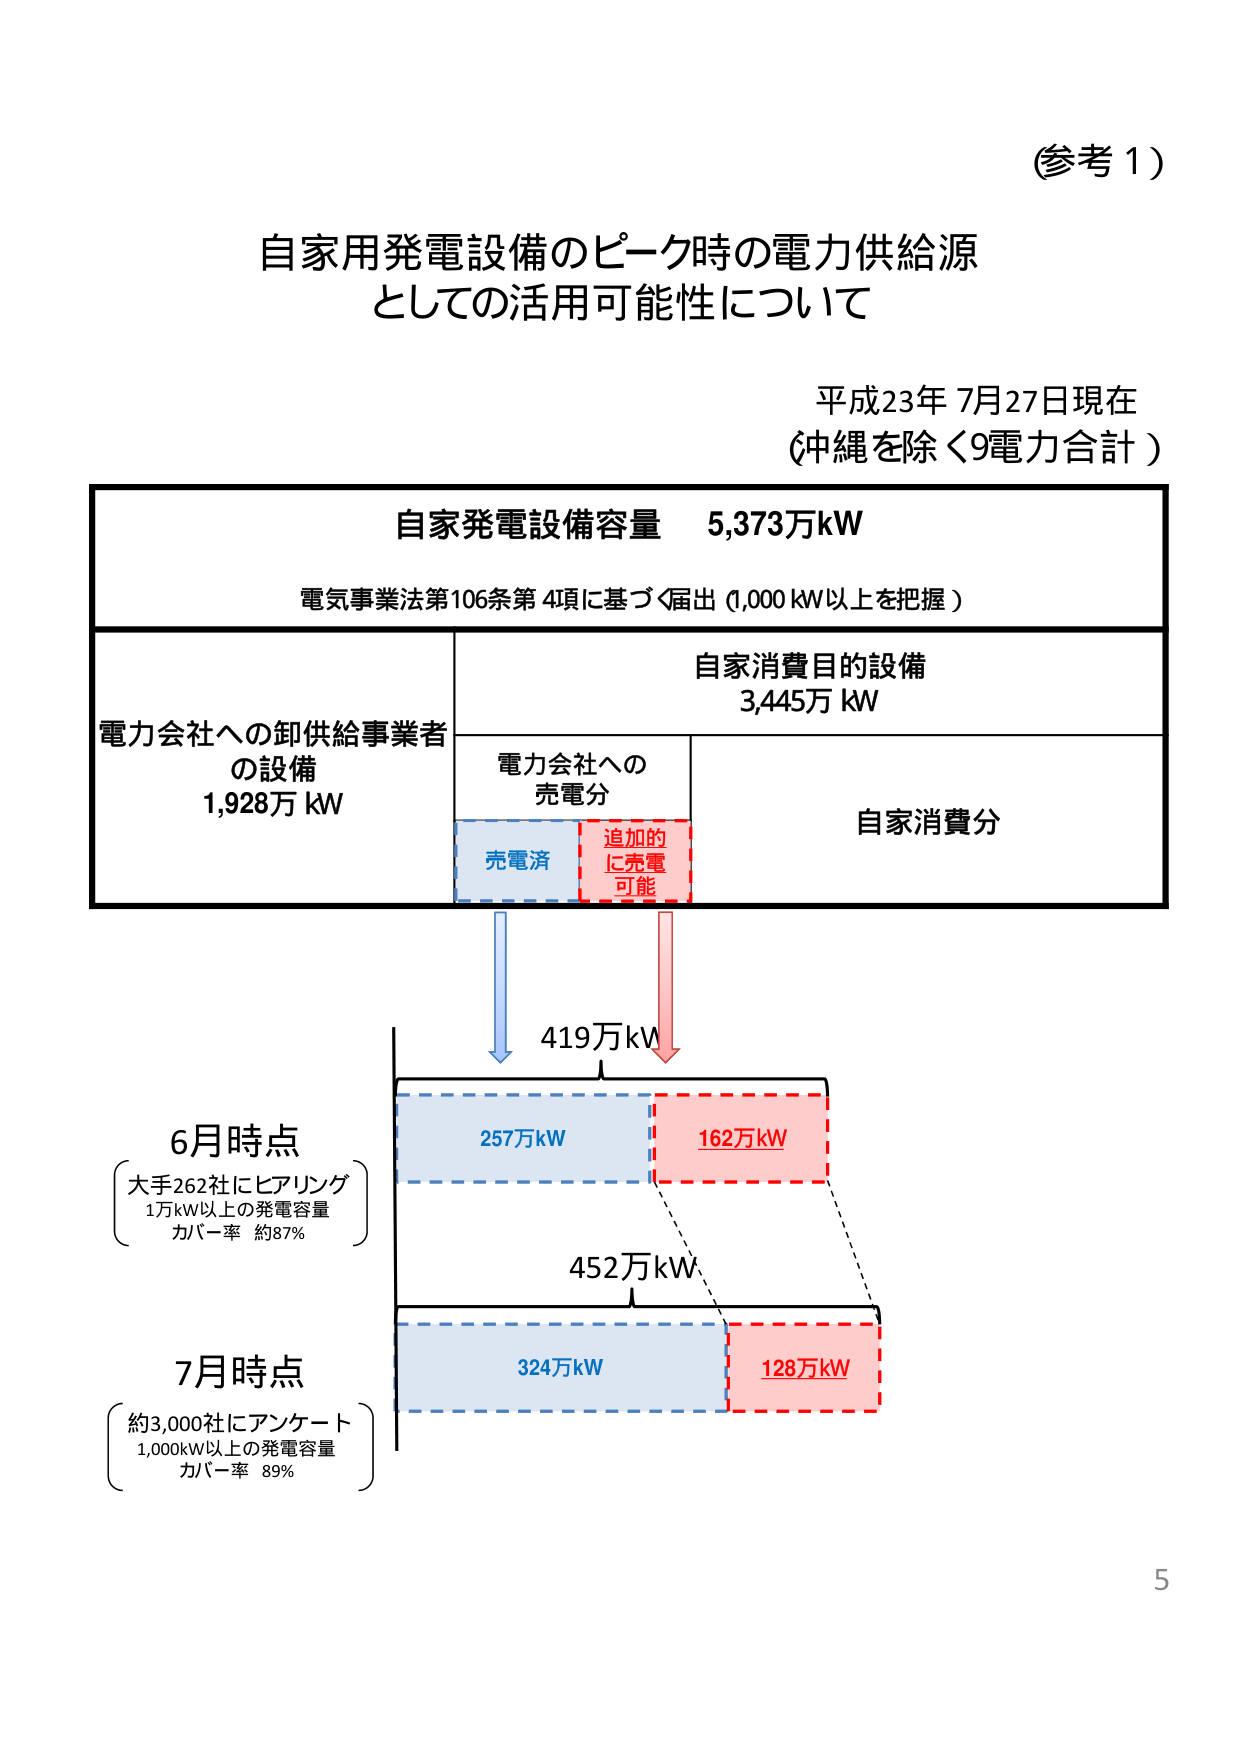
(参考1)

自家用発電設備のピーク時の電力供給源
としての活用可能性について

平成23年7月27日現在
(沖縄を除く9電力合計)

自家発電設備容量 5,373万kW
電気事業法第106条第4項に基づく届出 (1,000 kW以上を把握)

電力会社への卸供給事業者の設備
1,928万 kW

自家消費目的設備
3,445万 kW

電力会社への
売電分

売電済
追加的
に売電
可能

自家消費分

419万kW

6月時点
(大手262社にヒアリング
1万kW以上の発電容量
カバー率 約87%)

257万kW
162万kW

452万kW

7月時点
(約3,000社にアンケート
1,000kW以上の発電容量
カバー率 89%)

324万kW
128万kW

5